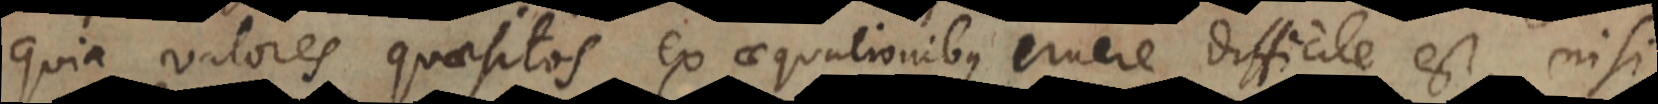
quia valores quaesitos ex aequationibus eruere difficile est, nisi